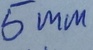
Text: 5mm